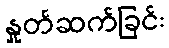
နှုတ်ဆက်ခြင်း